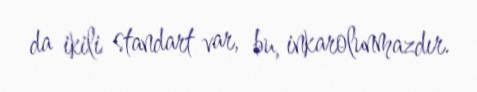
da ikili standart var, bu, inkarolunmazdır.